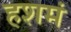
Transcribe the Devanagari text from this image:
हशमं